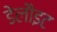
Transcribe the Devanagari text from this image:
डेलौइट